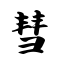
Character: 彗